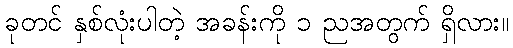
ခုတင် နှစ်လုံးပါတဲ့ အခန်းကို ၁ ညအတွက် ရှိလား။